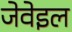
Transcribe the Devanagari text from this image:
जेवेइल